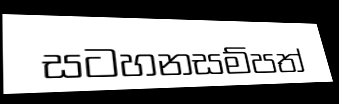
සටහනසම්පත්